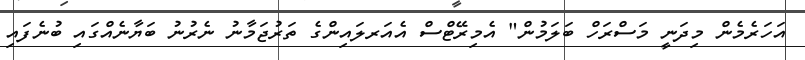
އަހަރެމެން މިދަނީ މަސްރަހް ބަލަމުން" އެމިރޭޓްސް އެއަރލައިންގެ ތަރުޖަމާނު ނެރުނު ބަޔާނެއްގައި ބުނެފައި